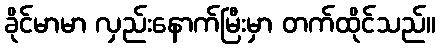
ခိုင်မာမာ လှည်းနောက်မြီးမှာ တက်ထိုင်သည်။